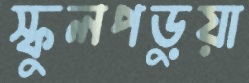
স্কুলপড়ুয়া